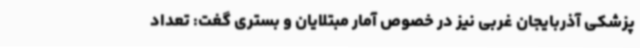
پزشکی آذربایجان غربی نیز در خصوص آمار مبتلایان و بستری گغت: تعداد